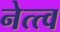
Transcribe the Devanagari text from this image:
नेत्त्व